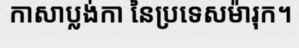
កាសាប្លង់កា នៃប្រទេសម៉ារុក។